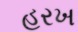
હરખ